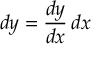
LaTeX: d y = { \frac { d y } { d x } } \, d x